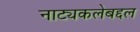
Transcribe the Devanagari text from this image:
नाट्यकलेबद्दल